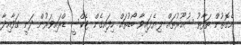
އެގޮތުން ތަފާތު ޝުއޫރުތައް ލިޔެފައިވާ ބޯޑުތައް ހިފައިގެން ޓެކްސީ ޑްރައިވަރުން ދަނީ ގަވާއިދާ